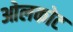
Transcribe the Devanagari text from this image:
ओलकोट